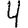
Digit: 4